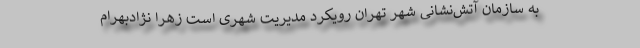
به سازمان آتش‌نشانی شهر تهران رویکرد مدیریت شهری است زهرا نژادبهرام